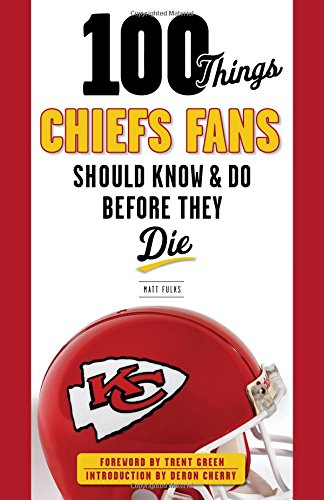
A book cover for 100 Things Chiefs Fans Should Know & Do Before They Die (100 Things...Fans Should Know); Matt Fulks; Travel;